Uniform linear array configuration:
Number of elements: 8
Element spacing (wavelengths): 0.75
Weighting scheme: hamming
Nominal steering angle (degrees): -15
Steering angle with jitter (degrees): -15.568
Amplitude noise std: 0.05
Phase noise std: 0.05

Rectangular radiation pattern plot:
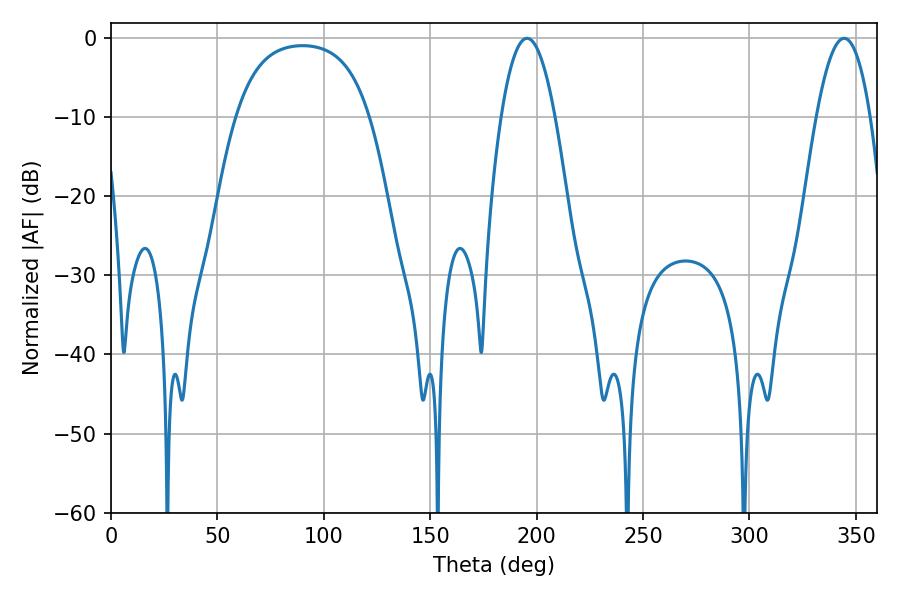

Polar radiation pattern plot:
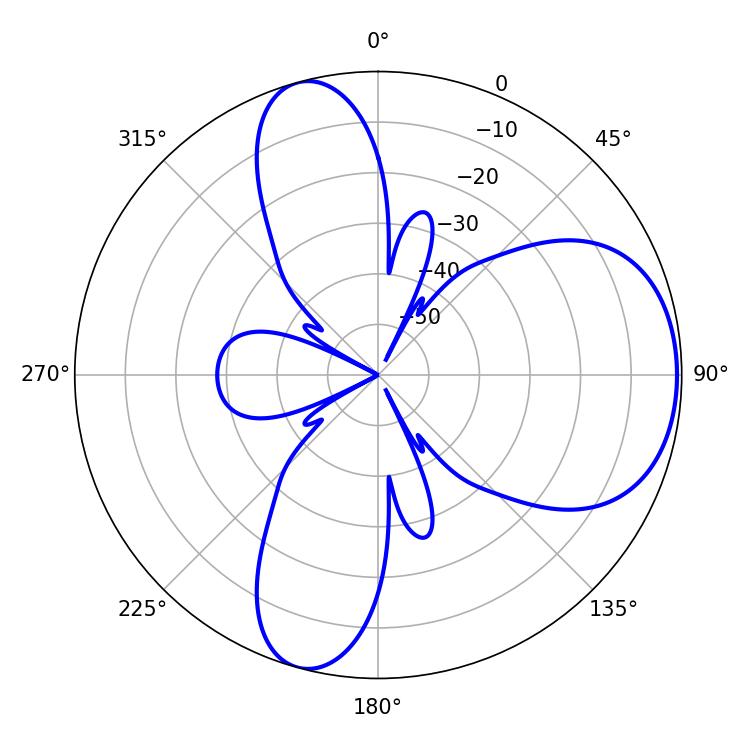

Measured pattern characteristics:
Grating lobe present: TRUE
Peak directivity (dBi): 6.59
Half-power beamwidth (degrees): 14.04
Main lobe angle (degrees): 195.48